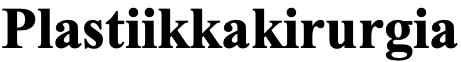
Plastiikkakirurgia